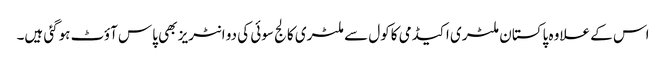
اس کے علاوہ پاکستان ملٹری اکیڈمی کاکول سے ملٹری کالج سوئی کی دو انٹریز بھی پاس آؤٹ ہوگئی ہیں۔